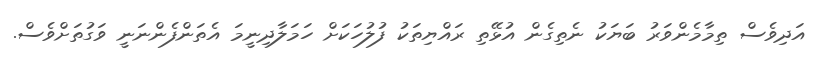
އަދިވެސް ތިމާމެންވަރު ބަޔަކު ނެތިގެން އުޅޭތި ރައްޔިތަކު ފުލުހަކަށް ހަމަލާދިނީމަ އެތަންފެންނަނީ ވަގުތަށްވެސް.